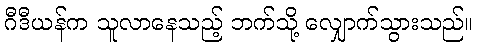
ဂီဒီယန်က သူလာနေသည့် ဘက်သို့ လျှောက်သွားသည်။